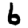
Digit: 6